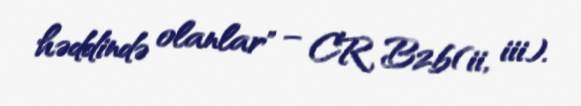
həddində olanlar" – CR B2b(ii, iii).